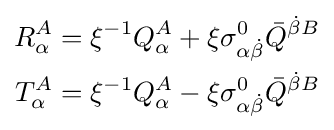
{\begin{aligned}R_{\alpha }^{A}&=\xi ^{-1}Q_{\alpha }^{A}+\xi \sigma _{\alpha {\dot {\beta }}}^{0}{\bar {Q}}^{{\dot {\beta }}B}\\T_{\alpha }^{A}&=\xi ^{-1}Q_{\alpha }^{A}-\xi \sigma _{\alpha {\dot {\beta }}}^{0}{\bar {Q}}^{{\dot {\beta }}B}\\\end{aligned}}